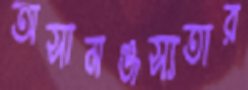
অসামঞ্জস্যতার